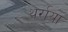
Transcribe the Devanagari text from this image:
थर्राया